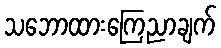
သဘောထားကြေညာချက်